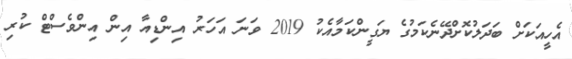
އެހީއަކަށް ބަދަލުކޮށްދޭނެކަމުގެ ޔަގީންކަމާއެކު 2019 ވަނަ އަހަރު އިންޑިއާ އިން އިންވެސްޓް ކުރި